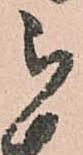
被